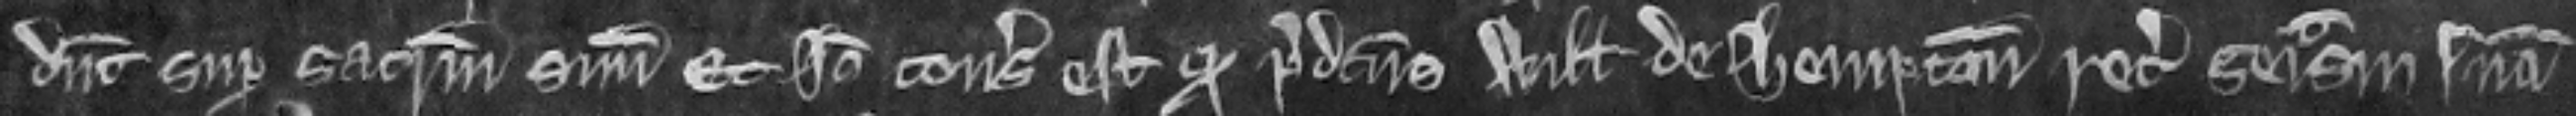
dicunt super sacramentum suum. Et ideo consideratum est quod predictus Willelmus de Hempton recuperet seisinam suam